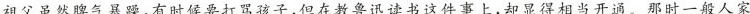
祖父虽然脾气暴躁,有时候要打骂孩子,但在教鲁迅读书这件事上,却显得相当开通。那时一般人家